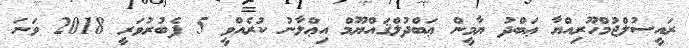
ރައީސުލްޖުމްހޫރިއްޔާ ޢަބްދު ޔާމީން ޢަބްދުލްޤައްޔޫމް އިޢްލާނު ކުރެއްވީ 5 ފެބުރުވަރީ 2018 ވަނަ